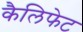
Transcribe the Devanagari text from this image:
कैलिफेट